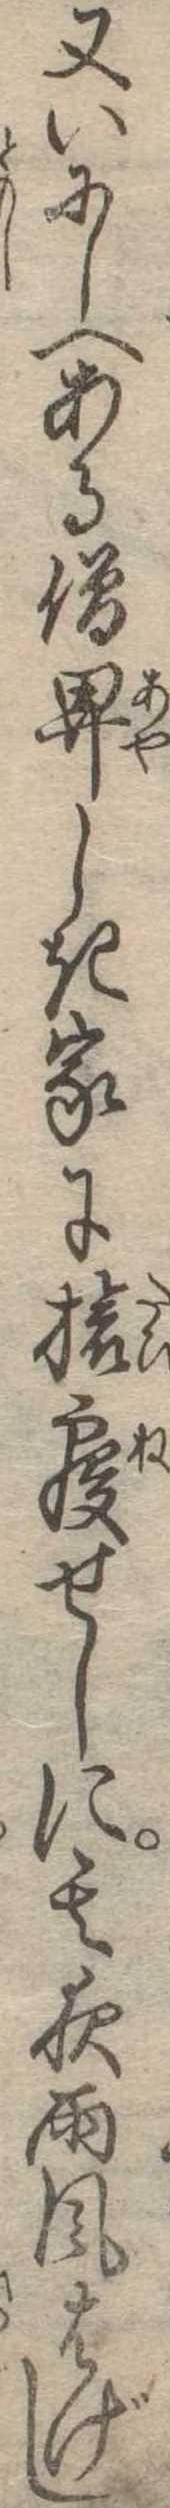
又いにしへある僧卑しき家に旅寝せしに其夜雨風はげし